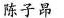
陈子昂